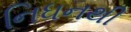
નિધનથી